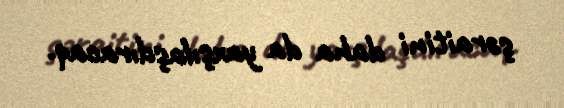
şəraitini daha da yaxşılaşdıracaq.